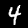
Label: 4